Annual report of the Punjab Veterinary College and of the Civil Veterinary Department, Punjab - 1909-1919
Year: 1909
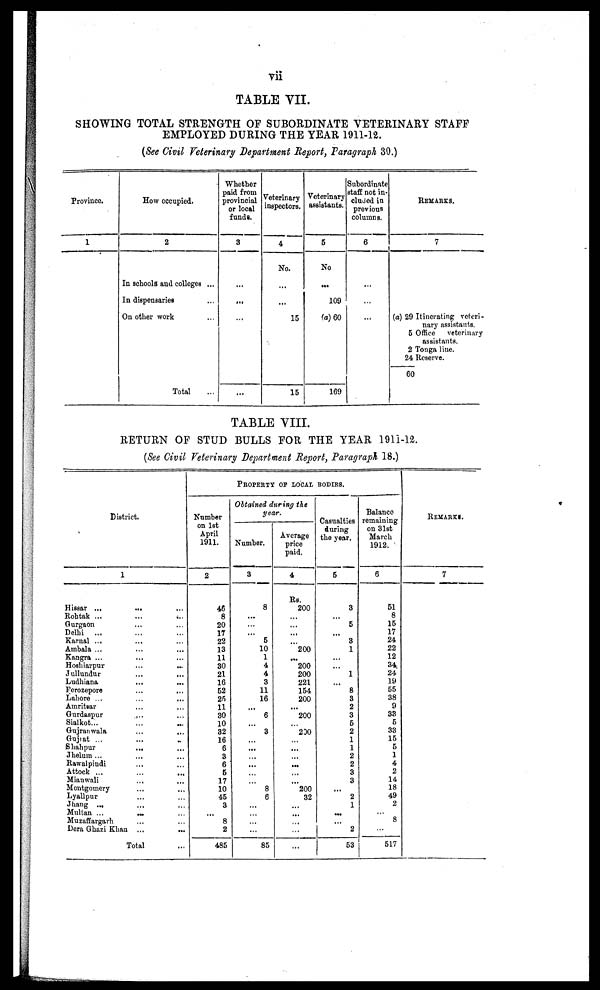
vii
TABLE VII.
SHOWING TOTAL STRENGTH OF SUBORDINATE VETERINARY STAFF
EMPLOYED DURING THE YEAR 1911-12.
(See Civil Veterinary Department Report, Paragraph 30.)
Province.
1
How occupied.
2
In schools and colleges ...
In dispensaries ...
On other work ...
Total ...
Whether
paid from
provincial
or local
funds.
3
...
...
...
...
Veterinary
inspectors.
4
No.
...
...
15
15
Veterinary
assistants.
5
No
...
109
(a) 60
169
Subordinate
staff not in-
cluded in
previous
columns.
6
...
...
...
REMARKS.
7
(a) 29 Itinerating veteri-
nary assistants.
5 Office
veterinary
assistants.
2 Tonga line.
24 Reserve.
60
TABLE VIII.
RETURN OF STUD BULLS FOR THE YEAR 1911-12.
(See Civil Veterinary Department Report, Paragraph 18.)
District.
1
Hissar ...
...
Rohtak ...
...
...
Gurgaon ... ... ...
Delhi ... ... ...
Karnal ... ... ...
Ambala ... ... ...
Kangra ... ... ...
Hoshiarpur ... ...
Jullundur
...
...
Ludhiana ... ...
Ferozepore
...
...
Lahore ... ... ...
Amritsar ... ...
Gurdaspur
Sialkot... ... ...
Gujranwala ... ...
Gujrat ... ... ...
Shahpur
... ...
Jhelum ... ... ...
Rawalpindi
Attock ... ... ...
Mianwali ... ...
Montgomery
Lyallpur ... ...
Jhang ... ... ...
Multan ...
...
...
Muzaffargarh ... ...
Dera Ghazi Khan ... ...
Total
PROPERTY OF LOCAL BODIES.
Number
on 1st
April
1911.
2
46
8
20
17
22
13
11
30
21
16
52
25
11
30
10
32
16
6
3
6
5
17
10
45
3
...
8
2
485
Obtained during the
year.
Number.
3
8
...
...
...
5
10
1
4
4
3
11
16
...
6
...
3
...
...
...
...
...
...
8
6
...
...
...
...
85
Average
price
paid.
4
Rs.
200
...
...
...
200
...
200
200
221
154
200
...
200
...
200
...
...
...
...
...
...
200
32
...
...
...
...
...
Casualties
during
the year.
5
3
...
5
...
3
1
...
...
1
...
8
3
2
3
5
2
1
1
2
2
3
3
....
2
1
...
...
2
53
Balance
remaining
on 31st
March
1912.
6
51
8
15
17
24
22
12
34
24
19
55
38
9
33
5
33
15
5
1
4
2
14
18
49
2
...
8
...
517
REMARKS.
7